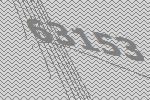
63153